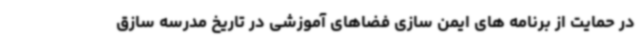
در حمایت از برنامه های ایمن سازی فضاهای آموزشی در تاریخ مدرسه سازق